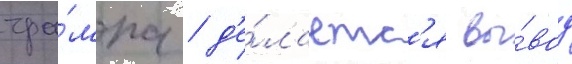
тра́мпа / д'е́лаетс'я вы́вод